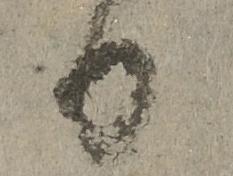
日